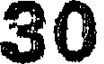
30